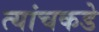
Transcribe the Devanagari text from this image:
त्यांचकडे